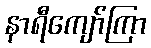
နာရီကျော်ကြာ